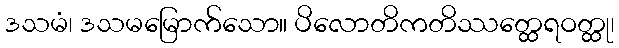
ဒသမံ၊ ဒသမမြောက်သော။ ပိလောတိကတိဿတ္ထေရဝတ္ထု၊